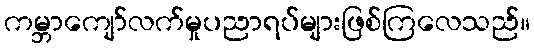
ကမ္ဘာကျော်လက်မှုပညာရပ်များဖြစ်ကြလေသည်။